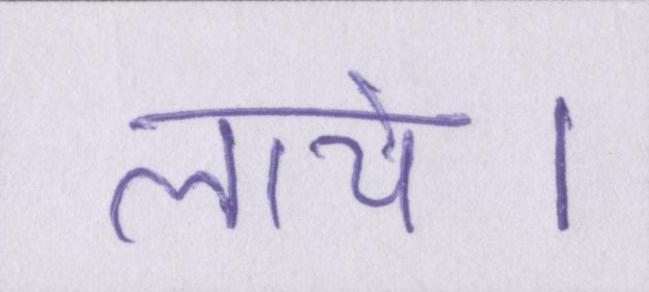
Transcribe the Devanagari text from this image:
लाये।